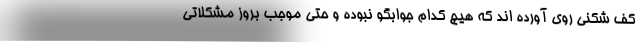
کف شکنی روی آورده اند که هیچ کدام جوابگو نبوده و حتی موجب بروز مشکلاتی